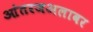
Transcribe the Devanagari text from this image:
आंतरजअलावर